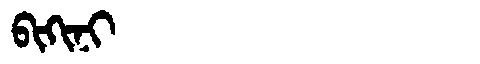
Manchu: ᠪᡳᡴᡳᠨᡳ
Romanization: BIKINI